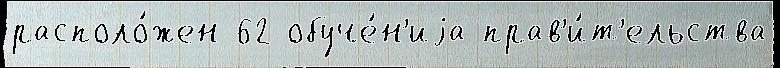
располо́жен 62 обуче́н'иjа прав'и́т'ельства